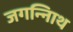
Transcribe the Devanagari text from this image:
जगन्नािथ